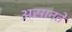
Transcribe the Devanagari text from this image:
असानते